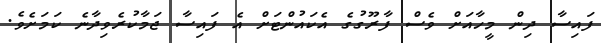
ފައިސާ ދިން މީހާއަށް ވެސް ފާރޫގުގެ އެކައުންޓަށް އެ ފައިސާ ޖަމާކުރެވިދާނެ ކަމަށެވެ.